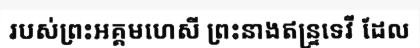
របស់ព្រះអគ្គមហេសី ព្រះនាងឥន្ទ្រទេវី ដែល